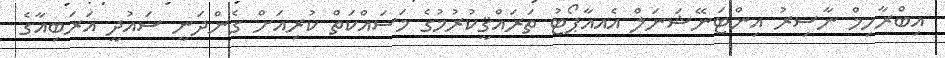
އިބްރާހިމް ނާސިރު އިންޓަނޭޝަނަލް އެއއާޕޯޓު ތަރައްޤީކުރުމުގެ މަސައްކަތް ކުރިއަށް ގެންދަނީ ސައުދީ އަރަބިއާގެ